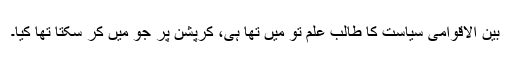
بین الاقوامی سیاست کا طالب علم تو میں تھا ہی، کرپشن پر جو میں کر سکتا تھا کیا۔